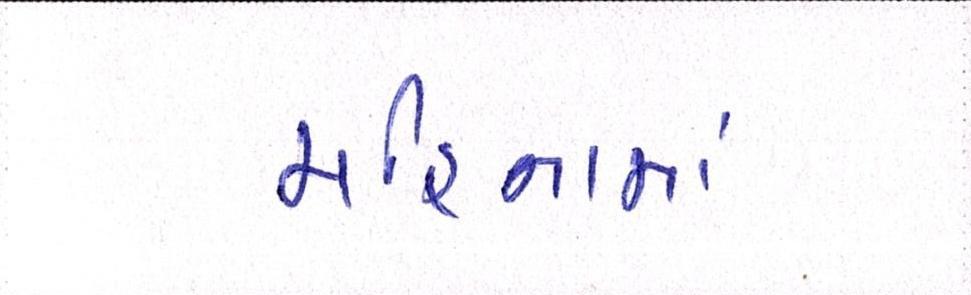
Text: મહિનામાં